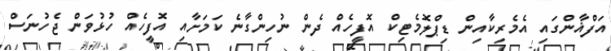
އަފްޣާންގައި އެމެރިކާއިން ޑިޕްލޮމެޓިކް އޮފީހެއް ދެން ނުހިންގާނެ ކަމަށާއި އޮފީހެއް ހުޅުވަން ޖެހުނަސް